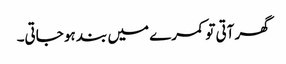
گھر آتی تو کمرے میں بند ہو جاتی۔